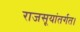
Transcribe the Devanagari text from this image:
राजसूयांतर्गत।